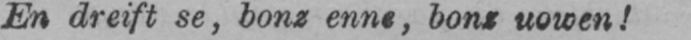
En dreift se, bonz enne, bons uowen!